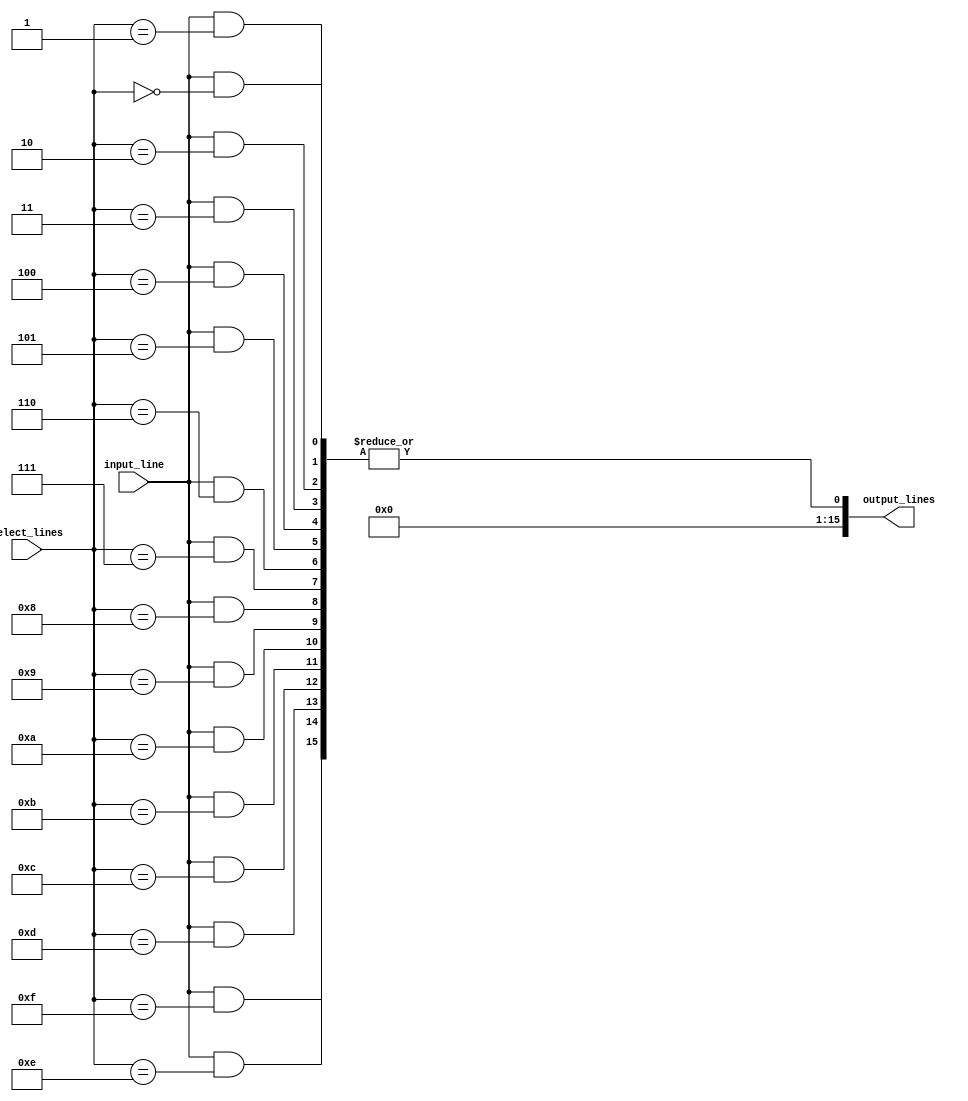
module demux_1to16 (
    input wire input_line,
    input wire [3:0] select_lines,
    output wire [15:0] output_lines
);

reg [15:0] and_outputs;
reg [15:0] output_lines;

// AND gates for each output line
generate
    genvar i;
    for(i=0; i<16; i=i+1) begin : and_gate_gen
        assign and_outputs[i] = input_line & select_lines == i;
    end
endgenerate

// OR gate to select final output line
assign output_lines = | and_outputs;

endmodule